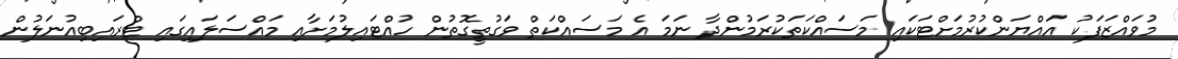
މުވައްޒަފަކު އައްޔަންކުރުމަށްޓަކައި މަސައްކަތަކުރަމުންދާ ނަމަ އެ މަސައްކަތް ވަގުތީގޮތުން ހުއްޓައިލުމަށާއި މައްސަލައިގައި ޓްރައިބިއުނަލުން